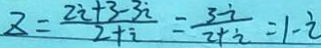
z = \frac { 2 i + 3 - 3 i } { 2 + i } = \frac { 3 - i } { 2 + i } = 1 - i